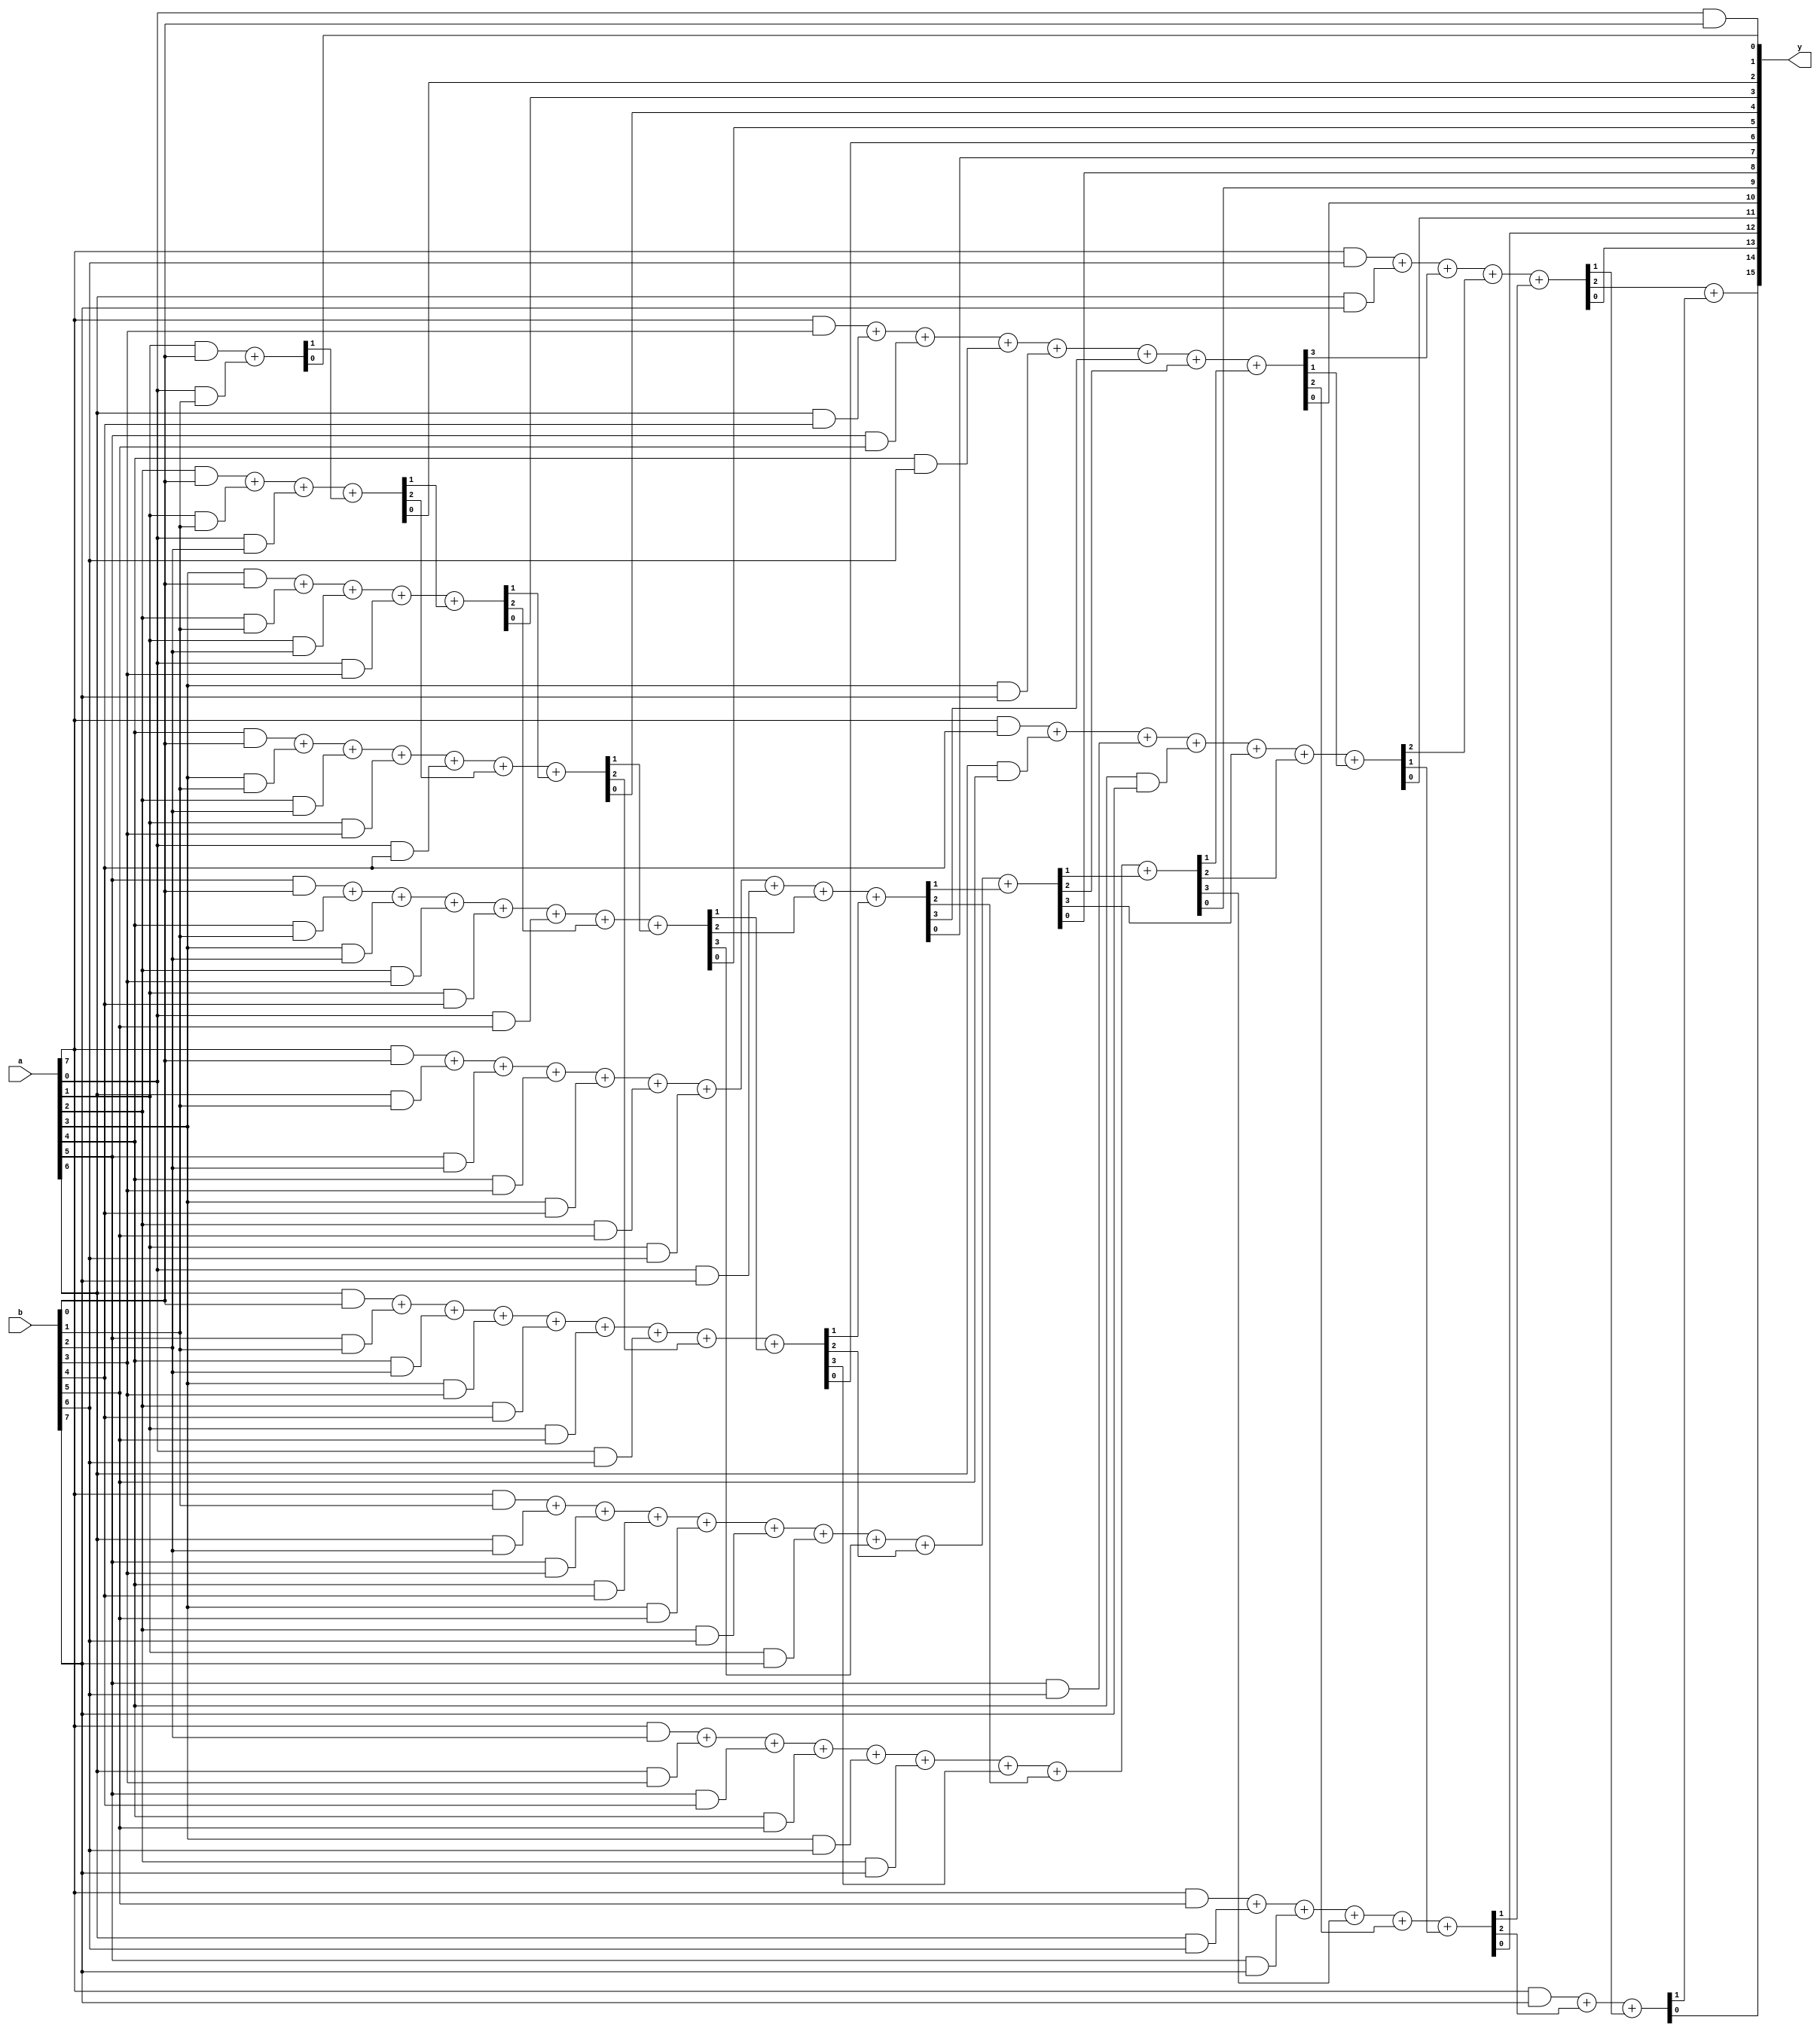
module mul8_v1 (input [7:0] a,b, output [15:0] y);

 and a00 (p00,a[0],b[0]);
 and a01 (p10,a[1],b[0]);
 and a02 (p20,a[2],b[0]);
 and a03 (p30,a[3],b[0]);
 and a04 (p40,a[4],b[0]);
 and a05 (p50,a[5],b[0]);
 and a06 (p60,a[6],b[0]);
 and a07 (p70,a[7],b[0]);
 
 and a10 (p01,a[0],b[1]);
 and a11 (p11,a[1],b[1]);
 and a12 (p21,a[2],b[1]);
 and a13 (p31,a[3],b[1]);
 and a14 (p41,a[4],b[1]);
 and a15 (p51,a[5],b[1]);
 and a16 (p61,a[6],b[1]);
 and a17 (p71,a[7],b[1]);
 
 and a20 (p02,a[0],b[2]);
 and a21 (p12,a[1],b[2]);
 and a22 (p22,a[2],b[2]);
 and a23 (p32,a[3],b[2]);
 and a24 (p42,a[4],b[2]);
 and a25 (p52,a[5],b[2]);
 and a26 (p62,a[6],b[2]);
 and a27 (p72,a[7],b[2]);
 
 and a30 (p03,a[0],b[3]);
 and a31 (p13,a[1],b[3]);
 and a32 (p23,a[2],b[3]);
 and a33 (p33,a[3],b[3]);
 and a34 (p43,a[4],b[3]);
 and a35 (p53,a[5],b[3]);
 and a36 (p63,a[6],b[3]);
 and a37 (p73,a[7],b[3]);
 
 and a40 (p04,a[0],b[4]);
 and a41 (p14,a[1],b[4]);
 and a42 (p24,a[2],b[4]);
 and a43 (p34,a[3],b[4]);
 and a44 (p44,a[4],b[4]);
 and a45 (p54,a[5],b[4]);
 and a46 (p64,a[6],b[4]);
 and a47 (p74,a[7],b[4]);
 
 and a50 (p05,a[0],b[5]);
 and a51 (p15,a[1],b[5]);
 and a52 (p25,a[2],b[5]);
 and a53 (p35,a[3],b[5]);
 and a54 (p45,a[4],b[5]);
 and a55 (p55,a[5],b[5]);
 and a56 (p65,a[6],b[5]);
 and a57 (p75,a[7],b[5]);
 
 and a60 (p06,a[0],b[6]);
 and a61 (p16,a[1],b[6]);
 and a62 (p26,a[2],b[6]);
 and a63 (p36,a[3],b[6]);
 and a64 (p46,a[4],b[6]);
 and a65 (p56,a[5],b[6]);
 and a66 (p66,a[6],b[6]);
 and a67 (p76,a[7],b[6]);
 
 and a70 (p07,a[0],b[7]);
 and a71 (p17,a[1],b[7]);
 and a72 (p27,a[2],b[7]);
 and a73 (p37,a[3],b[7]);
 and a74 (p47,a[4],b[7]);
 and a75 (p57,a[5],b[7]);
 and a76 (p67,a[6],b[7]);
 and a77 (p77,a[7],b[7]);
 
 assign y[0] = p00;
 
 assign {c1,y[1]}=p10+p01;
 
 assign {c3,c2,y[2]}=p20+p11+p02+c1;
 
 assign {c5,c4,y[3]}=p30+p21+p12+p03+c2;
 
 assign {c7,c6,y[4]}=p40+p31+p22+p13+p04+c3+c4;
 
 assign {c10,c9,c8,y[5]}=p50+p41+p32+p23+p14+p05+c5+c6;
 
 assign {c13,c12,c11,y[6]}=p60+p51+p42+p33+p24+p15+p06+c7+c8;
 
 assign {c16,c15,c14,y[7]}=p70+p61+p52+p43+p34+p25+p16+p07+c9+c11;
 
 assign {c19,c18,c17,y[8]}=p71+p62+p53+p44+p35+p26+p17+c10+c12+c14;
 
 assign {c22,c21,c20,y[9]}=p72+p63+p54+p45+p36+p27+c13+c15+c17;
 
 assign {c25,c24,c23,y[10]}=p73+p64+p55+p46+p37+c16+c18+c20;
 
 assign {c27,c26,y[11]}=p74+p65+p56+p47+c19+c21+c23;
 
 assign {c29,c28,y[12]}=p75+p66+p57+c22+c24+c26;
 
 assign {c31,c30,y[13]}=p76+p67+c25+c27+c28;
 
 assign {c32,y[14]}=p77+c29+c30;
 
 assign {dummy,y[15]}=c31+c32;
 
 endmodule
 
 /*
# 10111111000000001 
#  1111111000000001
*/